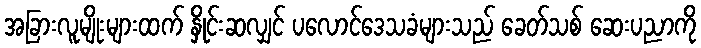
အခြားလူမျိုးများထက် နှိုင်းဆလျှင် ပလောင်ဒေသခံများသည် ခေတ်သစ် ဆေးပညာကို